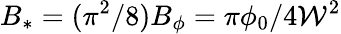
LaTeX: B_{*}=(\pi^{2}/8)B_{\phi}=\pi\phi_{0}/4\mathcal{W}^{2}